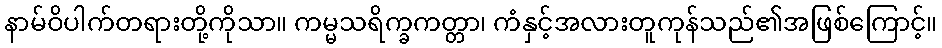
နာမ်ဝိပါက်တရားတို့ကိုသာ။ ကမ္မသရိက္ခကတ္တာ၊ ကံနှင့်အလားတူကုန်သည်၏အဖြစ်ကြောင့်။